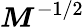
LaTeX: \boldsymbol{M}^{-1/2}